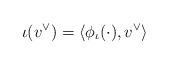
LaTeX: \begin{align*}\iota(v^\vee)=\langle \phi_\iota(\cdot), v^\vee\rangle\end{align*}